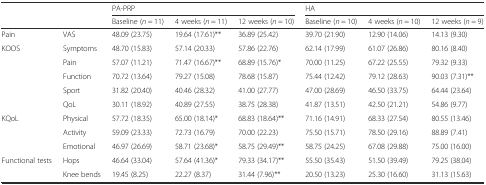
<table><thead><tr><td></td><td></td><td colspan="3"><b>PA-PRP</b></td><td colspan="3"><b>HA</b></td></tr><tr><td></td><td></td><td><b>Baseline (<i>n</i> = 11)</b></td><td><b>4 weeks (<i>n</i> = 11)</b></td><td><b>12 weeks (<i>n</i> = 10)</b></td><td><b>Baseline (<i>n</i> = 10)</b></td><td><b>4 weeks (<i>n</i> = 10)</b></td><td><b>12 weeks (<i>n</i> = 9)</b></td></tr></thead><tbody><tr><td>Pain</td><td>VAS</td><td>48.09 (23.75)</td><td>19.64 (17.61)**</td><td>36.89 (25.42)</td><td>39.70 (21.90)</td><td>12.90 (14.06)</td><td>14.13 (9.30)</td></tr><tr><td>KOOS</td><td>Symptoms</td><td>48.70 (15.83)</td><td>57.14 (20.33)</td><td>57.86 (22.76)</td><td>62.14 (17.99)</td><td>61.07 (26.86)</td><td>80.16 (8.40)</td></tr><tr><td></td><td>Pain</td><td>57.07 (11.21)</td><td>71.47 (16.67)**</td><td>68.89 (15.76)*</td><td>70.00 (11.25)</td><td>67.22 (25.55)</td><td>79.32 (9.33)</td></tr><tr><td></td><td>Function</td><td>70.72 (13.64)</td><td>79.27 (15.08)</td><td>78.68 (15.87)</td><td>75.44 (12.42)</td><td>79.12 (28.63)</td><td>90.03 (7.31)**</td></tr><tr><td></td><td>Sport</td><td>31.82 (20.40)</td><td>40.46 (28.32)</td><td>41.00 (27.77)</td><td>47.00 (28.69)</td><td>46.50 (33.75)</td><td>64.44 (23.64)</td></tr><tr><td></td><td>QoL</td><td>30.11 (18.92)</td><td>40.89 (27.55)</td><td>38.75 (28.38)</td><td>41.87 (13.51)</td><td>42.50 (21.21)</td><td>54.86 (9.77)</td></tr><tr><td>KQoL</td><td>Physical</td><td>57.72 (18.35)</td><td>65.00 (18.14)*</td><td>68.83 (18.64)**</td><td>71.16 (14.91)</td><td>68.33 (27.54)</td><td>80.55 (13.46)</td></tr><tr><td></td><td>Activity</td><td>59.09 (23.33)</td><td>72.73 (16.79)</td><td>70.00 (22.23)</td><td>75.50 (15.71)</td><td>78.50 (29.16)</td><td>88.89 (7.41)</td></tr><tr><td></td><td>Emotional</td><td>46.97 (26.69)</td><td>58.71 (23.68)*</td><td>58.75 (29.49)**</td><td>58.75 (24.25)</td><td>67.08 (29.88)</td><td>75.00 (16.00)</td></tr><tr><td>Functional tests</td><td>Hops</td><td>46.64 (33.04)</td><td>57.64 (41.36)*</td><td>79.33 (34.17)**</td><td>55.50 (35.43)</td><td>51.50 (39.49)</td><td>79.25 (38.04)</td></tr><tr><td></td><td>Knee bends</td><td>19.45 (8.25)</td><td>22.27 (8.37)</td><td>31.44 (7.96)**</td><td>20.50 (13.23)</td><td>25.30 (16.60)</td><td>31.13 (15.63)</td></tr></tbody></table>